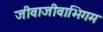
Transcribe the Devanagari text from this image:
जीवाजीवाभिगम